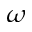
\omega